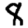
Digit: 8